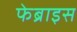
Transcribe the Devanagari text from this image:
फेब्राइस